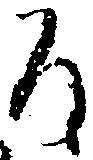
候